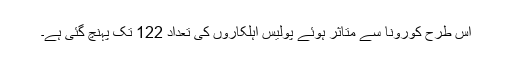
اس طرح کورونا سے متاثر ہوئے پولیس اہلکاروں کی تعداد 122 تک پہنچ گئی ہے۔